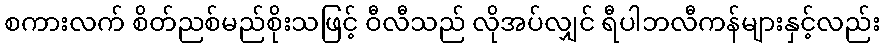
စကားလက် စိတ်ညစ်မည်စိုးသဖြင့် ဝီလီသည် လိုအပ်လျှင် ရီပါဘလီကန်များနှင့်လည်း